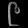
Digit: ၉